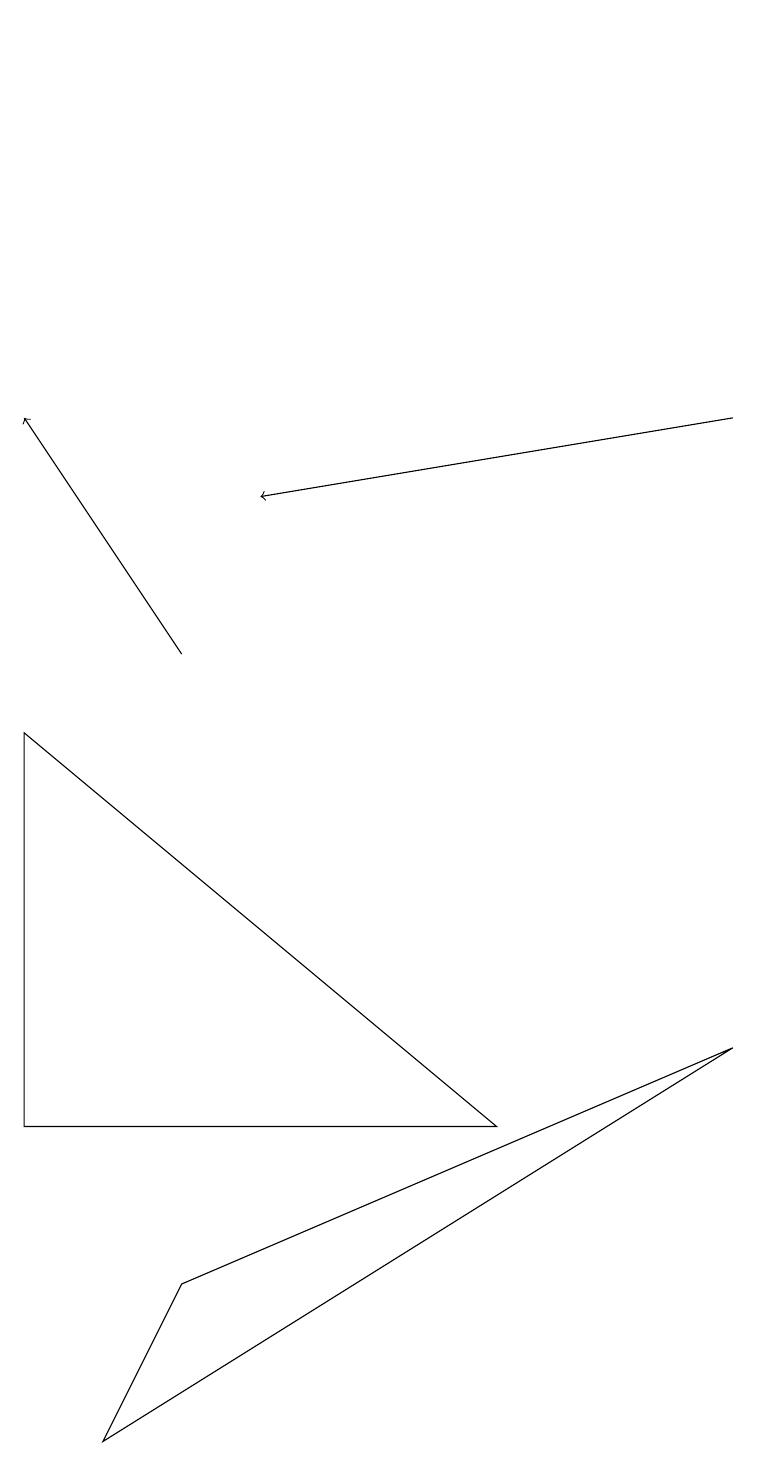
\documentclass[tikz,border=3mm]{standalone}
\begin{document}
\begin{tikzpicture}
\draw (0,9) -- (6,4) -- (0,4) -- cycle;
\draw (1,0) -- (2,2) -- (9,5) -- cycle;
\draw[->] (9,13) -- (3,12);
\draw (4,18) rectangle (4,18);
\draw[->] (2,10) -- (0,13);
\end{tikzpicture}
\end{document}